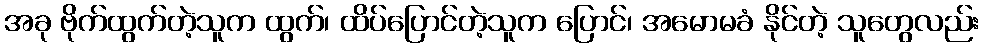
အခု ဗိုက်ထွက်တဲ့သူက ထွက်၊ ထိပ်ပြောင်တဲ့သူက ပြောင်၊ အမောမခံ နိုင်တဲ့ သူတွေလည်း